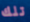
تلك